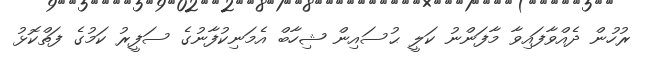
ރުހުން ދެއްވާފައިވާ މާފަންނު ކަލީ ޙުސައިން ޝިހާބް އެމަނިކުފާނުގެ ސަފީރު ކަމުގެ ފަތްކޮޅު